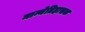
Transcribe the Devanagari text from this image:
मान्येतिहासक